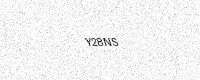
Text: Y28NS